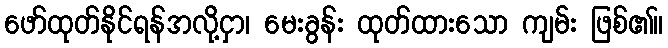
ဖော်ထုတ်နိုင်ရန်အလို့ငှာ၊ မေးခွန်း ထုတ်ထားသော ကျမ်း ဖြစ်၏။